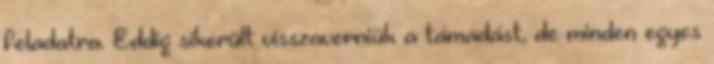
feladatra. Eddig sikerült visszaverniük a támadást, de minden egyes